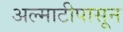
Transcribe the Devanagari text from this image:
अल्माटीपासून